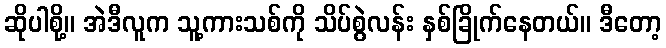
ဆိုပါစို့။ အဲဒီလူက သူ့ကားသစ်ကို သိပ်စွဲလန်း နှစ်ခြိုက်နေတယ်။ ဒီတော့